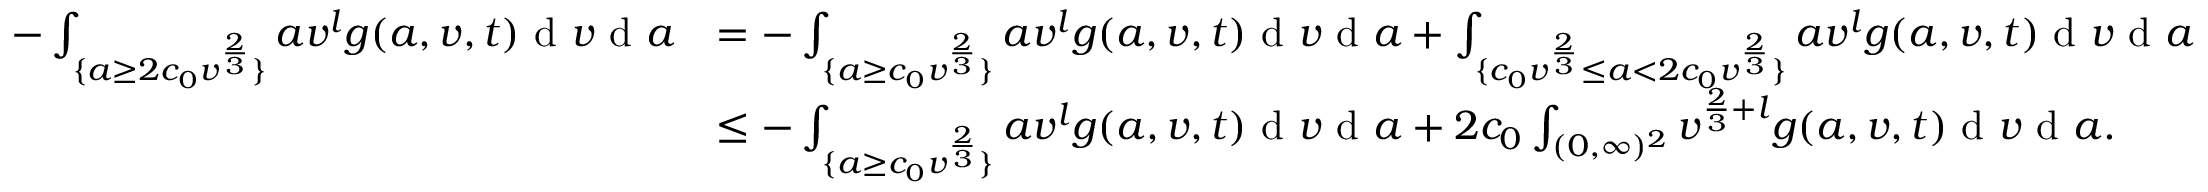
\begin{array} { r l } { - \int _ { \{ a \geq 2 c _ { 0 } v ^ { \frac { 2 } { 3 } } \} } a v ^ { l } g ( a , v , t ) \textup { d } v \textup { d } a } & { = - \int _ { \{ a \geq c _ { 0 } v ^ { \frac { 2 } { 3 } } \} } a v ^ { l } g ( a , v , t ) \textup { d } v \textup { d } a + \int _ { \{ c _ { 0 } v ^ { \frac { 2 } { 3 } } \leq a < 2 c _ { 0 } v ^ { \frac { 2 } { 3 } } \} } a v ^ { l } g ( a , v , t ) \textup { d } v \textup { d } a } \\ & { \leq - \int _ { \{ a \geq c _ { 0 } v ^ { \frac { 2 } { 3 } } \} } a v ^ { l } g ( a , v , t ) \textup { d } v \textup { d } a + 2 c _ { 0 } \int _ { ( 0 , \infty ) ^ { 2 } } v ^ { \frac { 2 } { 3 } + l } g ( a , v , t ) \textup { d } v \textup { d } a . } \end{array}